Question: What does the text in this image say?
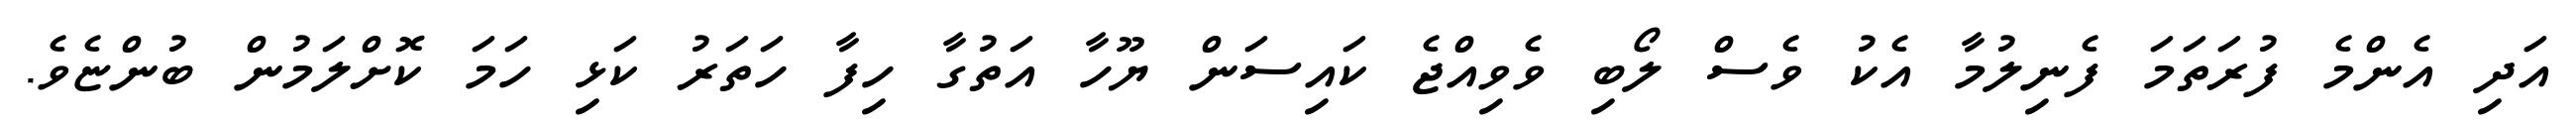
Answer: އަދި އެންމެ ފުރަތަމަ ފެނިލުމާ އެކު ވެސް ލޯބި ވެވިއްޖެ ކައިސަން ޔޫހާ އަތުގާ ހިފާ ހަތަރު ކަޅި ހަމަ ކޮށްލަމުން ބުންޏެވެ.